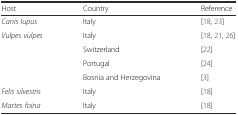
<table><thead><tr><td><b>Host</b></td><td><b>Country</b></td><td><b>Reference</b></td></tr></thead><tbody><tr><td><i>Canis lupus</i></td><td>Italy</td><td>[18, 23]</td></tr><tr><td rowspan="4"><i>Vulpes vulpes</i></td><td>Italy</td><td>[18, 21, 26]</td></tr><tr><td>Switzerland</td><td>[22]</td></tr><tr><td>Portugal</td><td>[24]</td></tr><tr><td>Bosnia and Herzegovina</td><td>[3]</td></tr><tr><td><i>Felis silvestris</i></td><td>Italy</td><td>[18]</td></tr><tr><td><i>Martes foina</i></td><td>Italy</td><td>[18]</td></tr></tbody></table>